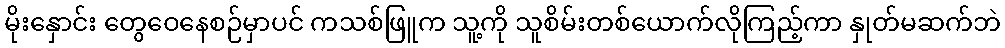
မိုးနှောင်း တွေဝေနေစဉ်မှာပင် ကသစ်ဖြူက သူ့ကို သူစိမ်းတစ်ယောက်လိုကြည့်ကာ နှုတ်မဆက်ဘဲ